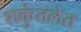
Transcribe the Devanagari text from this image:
शकुंतलेत